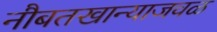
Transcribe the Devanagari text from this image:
नौबतखान्याजवळ